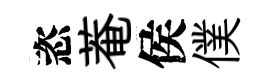
恣菴侯僕